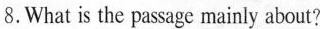
8.What is the passage mainly about?